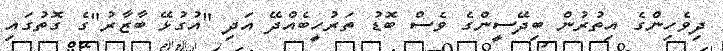
ދިވެހިންގެ އިތުރުން ބިދޭސީންގެ ވެސް ބޮޑު ތަރުހީބެއްދޭ އަދި "އުގުޅޭ ބާޒާރު"ގެ ގޮތުގައި